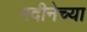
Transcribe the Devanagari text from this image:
मदीनेच्या